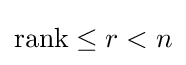
\operatorname {rank} \leq r<n